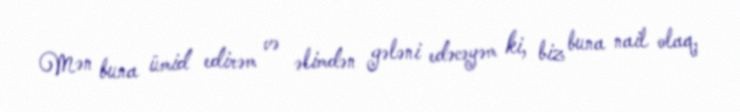
Mən buna ümid edirəm və əlimdən gələni edəcəyəm ki, biz buna nail olaq,